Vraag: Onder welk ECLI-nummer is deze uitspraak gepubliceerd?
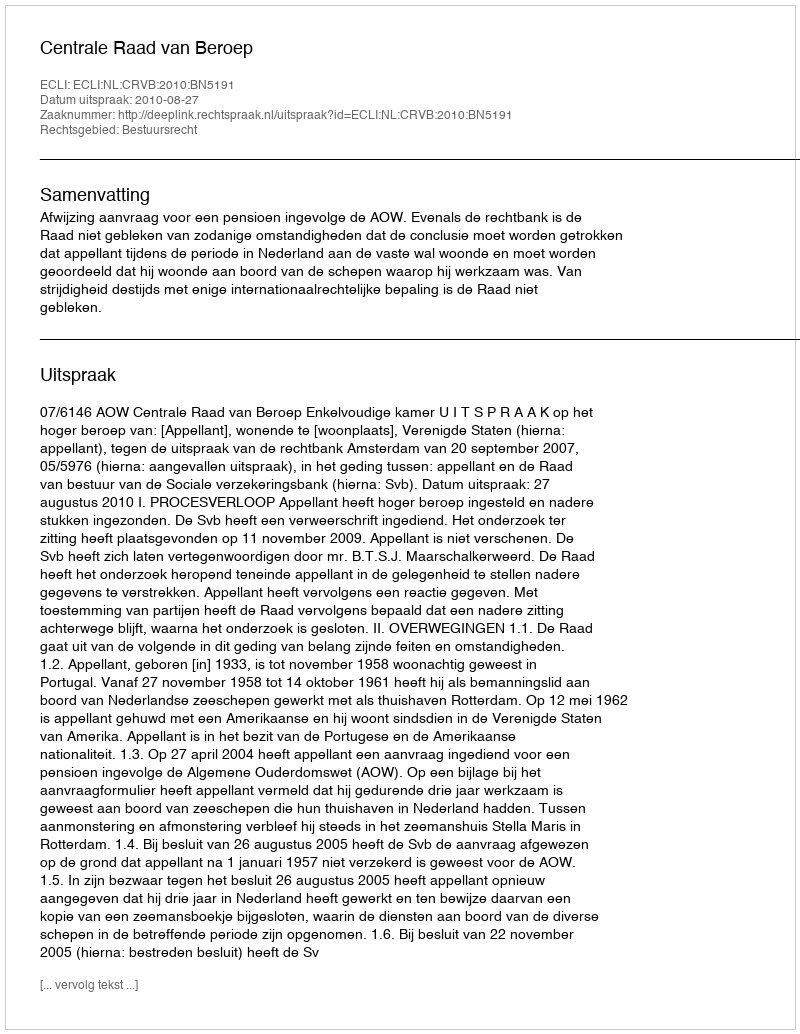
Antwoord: ECLI:NL:CRVB:2010:BN5191